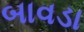
બાવડા